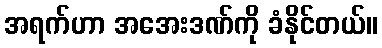
အရက်ဟာ အအေးဒဏ်ကို ခံနိုင်တယ်။